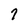
Character: 7